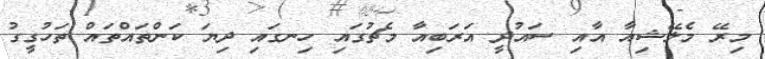
މިރޭ މެލޭޝިއާ އާއި ސައުދީ އަރަބިއާ މެޗުގައި ހިނގައި ދިިޔަ ކަންތައްތައް ތަހުގީގު